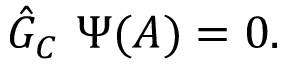
{ \hat { \cal G } } _ { C } \ \Psi ( A ) = 0 .